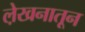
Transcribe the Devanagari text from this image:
ले़खनातून